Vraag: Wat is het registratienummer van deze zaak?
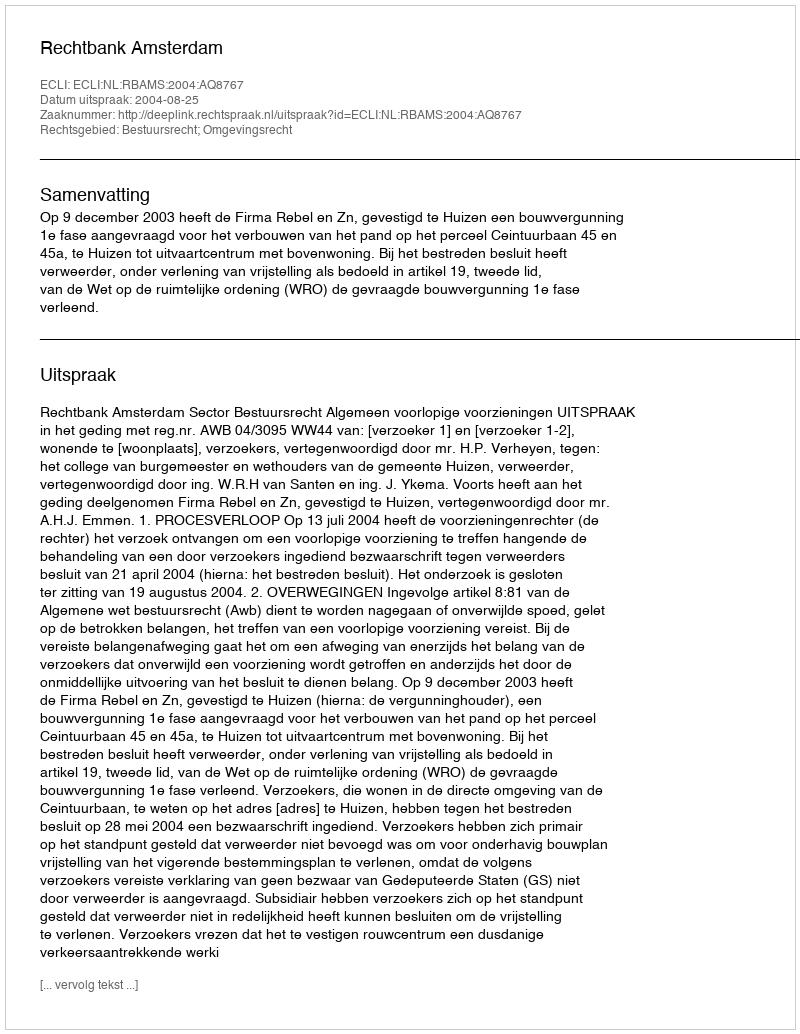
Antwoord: http://deeplink.rechtspraak.nl/uitspraak?id=ECLI:NL:RBAMS:2004:AQ8767